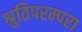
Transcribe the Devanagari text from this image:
श्रुतिपरम्परा